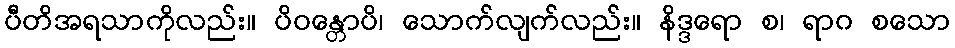
ပီတိအရသာကိုလည်း။ ပိဝန္တောပိ၊ သောက်လျက်လည်း။ နိဒ္ဒရော စ၊ ရာဂ စသော